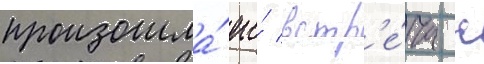
произошла́ его́ встр'е́ча с